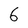
Character: 6